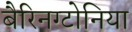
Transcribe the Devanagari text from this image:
बैरिनग्टोनिया